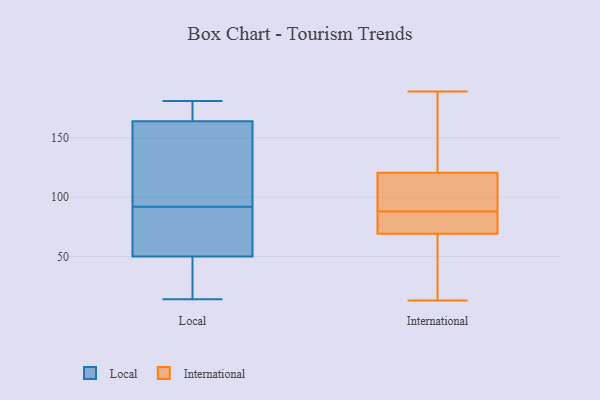
{"axis": {"x": "Inventory Turnover", "y": "Value"}, "legend": ["International", "Local"], "data": [{"x": "", "y": 33, "type": "Local"}, {"x": "", "y": 83, "type": "Local"}, {"x": "", "y": 91, "type": "Local"}, {"x": "", "y": 109, "type": "Local"}, {"x": "", "y": 165, "type": "Local"}, {"x": "", "y": 167, "type": "Local"}, {"x": "", "y": 14, "type": "Local"}, {"x": "", "y": 53, "type": "Local"}, {"x": "", "y": 73, "type": "Local"}, {"x": "", "y": 177, "type": "Local"}, {"x": "", "y": 130, "type": "Local"}, {"x": "", "y": 93, "type": "Local"}, {"x": "", "y": 163, "type": "Local"}, {"x": "", "y": 181, "type": "Local"}, {"x": "", "y": 47, "type": "Local"}, {"x": "", "y": 20, "type": "Local"}, {"x": "", "y": 184, "type": "International"}, {"x": "", "y": 107, "type": "International"}, {"x": "", "y": 189, "type": "International"}, {"x": "", "y": 85, "type": "International"}, {"x": "", "y": 27, "type": "International"}, {"x": "", "y": 69, "type": "International"}, {"x": "", "y": 125, "type": "International"}, {"x": "", "y": 88, "type": "International"}, {"x": "", "y": 13, "type": "International"}, {"x": "", "y": 70, "type": "International"}, {"x": "", "y": 90, "type": "International"}]}